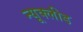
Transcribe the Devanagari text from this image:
न्यूक्लीड